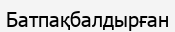
Батпақбалдырған